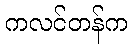
ကလင်တန်က